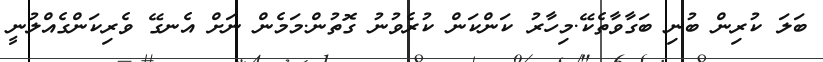
ބަލަ ކުރިން ބުނި ބަގާވާތެކޭ.މިހާރު ކަންކަން ކުރެވުނު ގޮތުން.މަމެން ނަށް އެނގޭ ވެރިކަންގެއްލުނީ